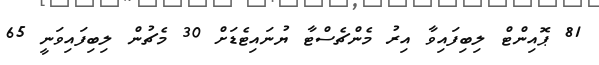
81 ޕޮއިންޓް ލިބިފައިވާ އިރު މެންޗެސްޓާ ޔުނައިޓެޑަށް 30 މެޗުން ލިބިފައިވަނީ 65